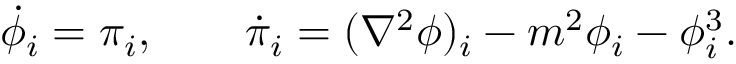
\dot { \phi } _ { i } = \pi _ { i } , \qquad \dot { \pi } _ { i } = ( \nabla ^ { 2 } \phi ) _ { i } - m ^ { 2 } \phi _ { i } - \phi _ { i } ^ { 3 } .